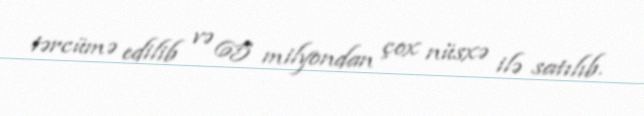
tərcümə edilib və 65 milyondan çox nüsxə ilə satılıb.